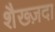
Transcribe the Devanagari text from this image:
शैख्ज़दा